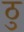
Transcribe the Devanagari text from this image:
ठु